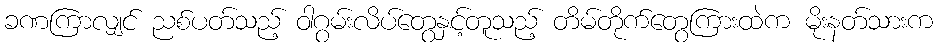
ခဏကြာလျှင် ညစ်ပတ်သည့် ဝါဂွမ်းလိပ်တွေနှင့်တူသည့် တိမ်တိုက်တွေကြားထဲက မိုးနတ်သားက